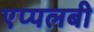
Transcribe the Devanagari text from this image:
एप्पलबी